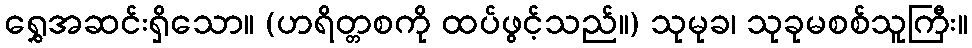
ရွှေအဆင်းရှိသော။ (ဟရိတ္တစကို ထပ်ဖွင့်သည်။) သုမုခ၊ သုခုမစစ်သူကြီး။